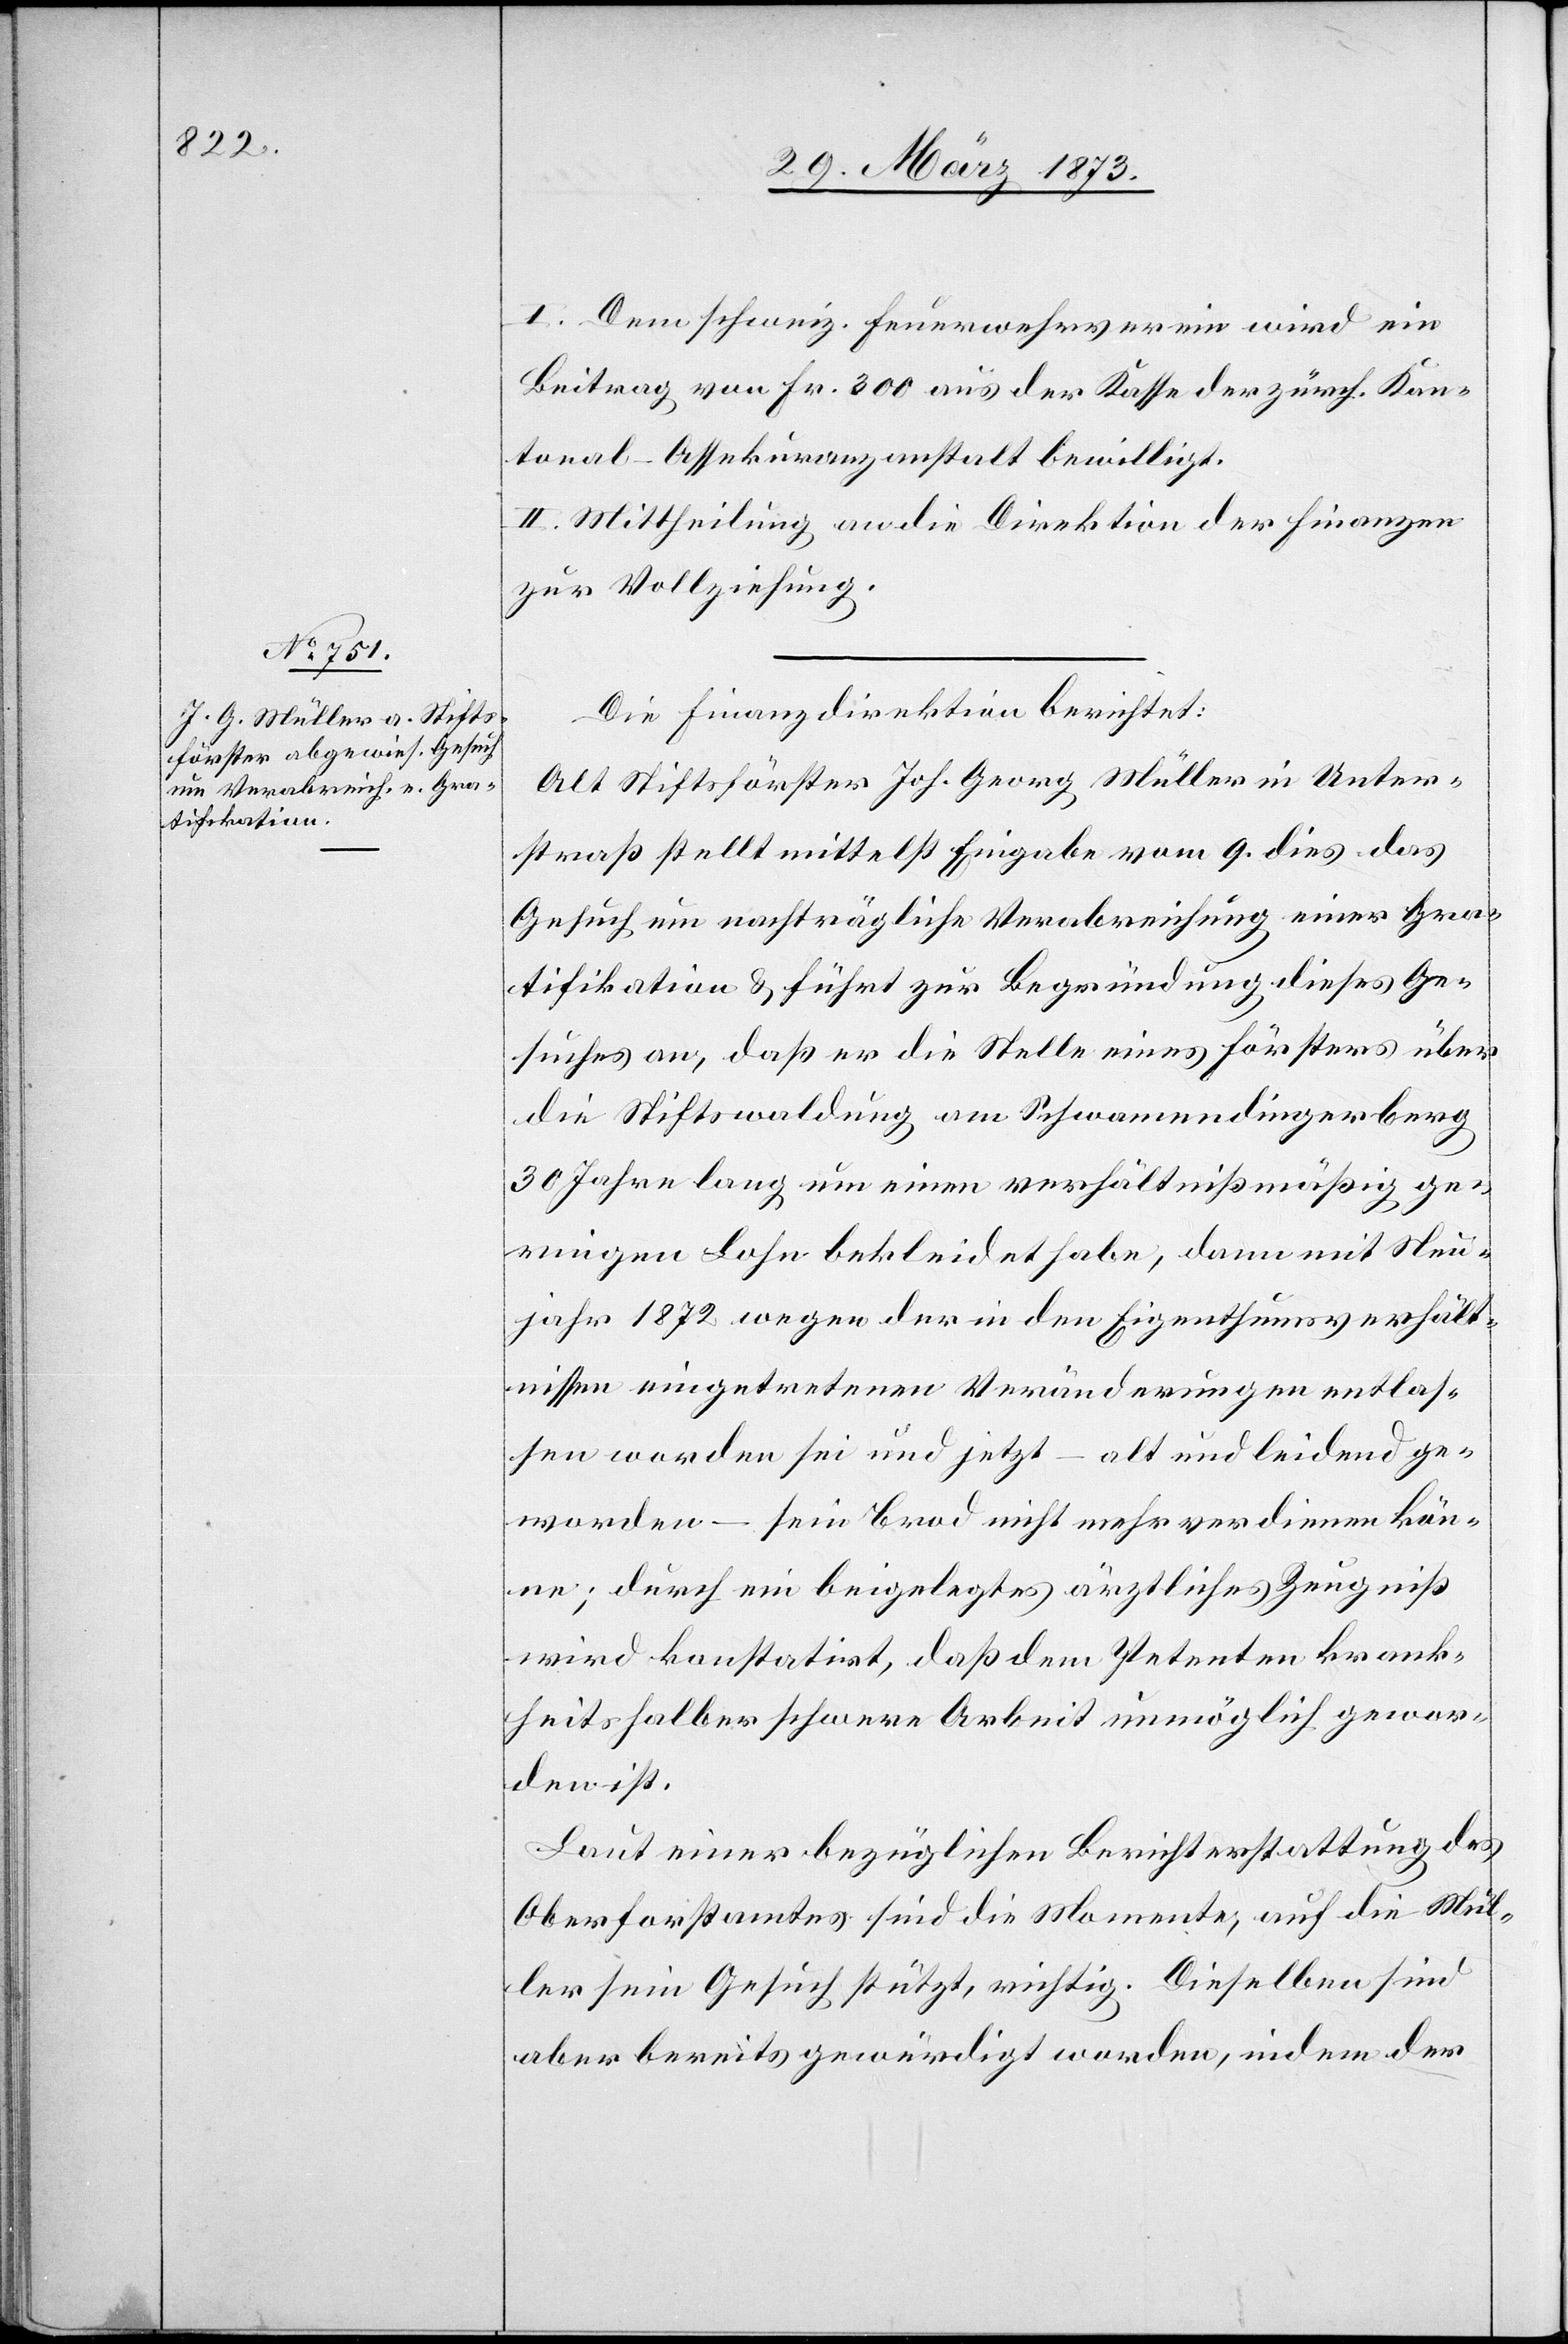
I. Dem schweiz. Feuerwehrverein wird ein
Beitrag von Fr. 300 aus der Kasse der zürch. Kan¬
tonal-Assekuranzanstalt bewilligt.
II. Mittheilung an die Direktion der Finanzen
zur Vollziehung.
Die Finanzdirektion berichtet:
Alt Stiftsförster Joh. Georg Müller in Unter¬
straß stellt mittelst Eingabe vom 9. dies. das
Gesuch um nachträgliche Verabreichung einer Gra¬
tifikation u. führt zur Begründung dieses Ge¬
suches an, daß er die Stelle eines Försters über
die Stiftswaldung am Schwamendingerberg
30 Jahre lang um einen verhältnißmäßig ge¬
ringen Lohn bekleidet habe, dann mit Neu¬
jahr 1872 wegen der in den Eigenthumsverhält¬
nissen eingetretenen Veränderungen entlas¬
sen worden sei und jetzt – alt und leidend ge¬
worden – sein Brod nicht mehr verdienen kön¬
ne; durch ein beigelegtes ärztliches Zeugniß
wird konstatirt, daß dem Petenten krank¬
heitshalber schwere Arbeit unmöglich gewor¬
den ist.
Laut einer bezüglichen Berichterstattung des
Oberforstamtes sind die Momente, auf die Mül¬
ler sein Gesuch stütz, richtig. Dieselben sind
aber bereits gewürdigt worden, indem der